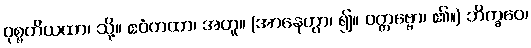
ဝုစ္စတိယထာ၊ သို့။ ဧဝံတထာ၊ အတူ။ (အာနေတွာ၊ ၍။ ဝတ္တဗ္ဗော၊ ၏။) ဘိက္ခဝေ၊